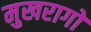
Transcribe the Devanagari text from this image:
मुखरागों